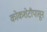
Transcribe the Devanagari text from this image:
कोकशेटौपासून